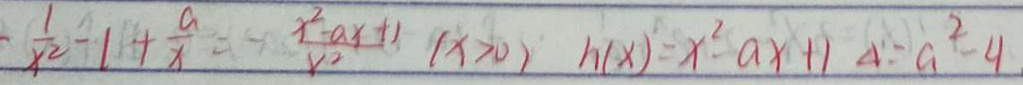
\frac { 1 } { x ^ { 2 } } - 1 + \frac { a } { x } \frac { x ^ { 2 } - a x + 1 } { v ^ { 2 } } ( x > 0 ) h ( x ) = x ^ { 2 } - a x + 1 \Delta = a ^ { 2 } - 4